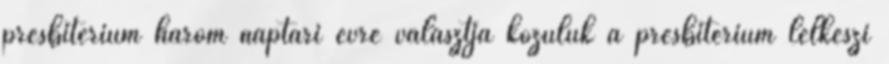
presbitérium három naptári évre választja közülük a presbitérium lelkészi